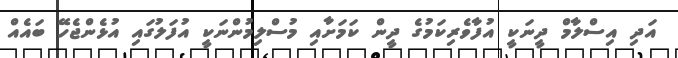
އަދި އިސްލާމް ދީނަކީ އުފާވެރިކަމުގެ ދީން ކަމަށާއި މުސްލިމުންނަކީ އުފަލުގައި އުޅެންޖެހޭ ބައެއް